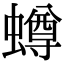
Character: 𧒆